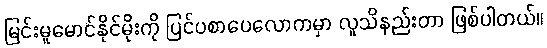
မြင်းမူမောင်နိုင်မိုးကို ပြင်ပစာပေလောကမှာ လူသိနည်းတာ ဖြစ်ပါတယ်။